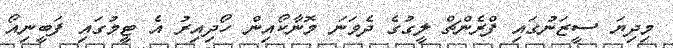
މިދިޔަ ސީޒަނުގައި ފްރެންޗް ލީގުގެ ދެވަނަ މޮނާކޯއިން ހޯދިއިރު އެ ޓީމުގައި ފަބީނިއޯ